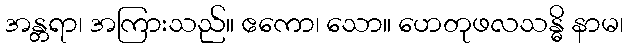
အန္တရာ၊ အကြားသည်။ ဧကော၊ သော။ ဟေတုဖလသန္ဓိ နာမ၊